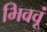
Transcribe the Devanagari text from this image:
भिववूं